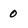
Character: 0